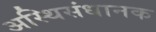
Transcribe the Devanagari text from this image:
अस्थिसंधानक